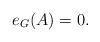
LaTeX: \begin{align*}e_G(A)=0.\end{align*}